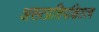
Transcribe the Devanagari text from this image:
असत्प्रतिपक्षितत्व